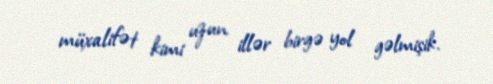
müxalifət kimi uzun illər birgə yol gəlmişik.